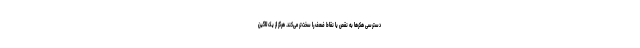
دسترسی هکرها به نقص یا نقاط ضعف را سخت‌تر می‌کند. هرگز از یک لاگین